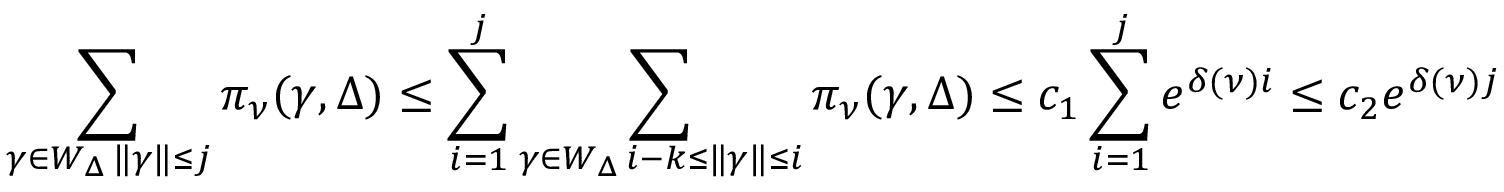
\sum _ { \substack { \gamma \in W _ { \Delta } \, \| \gamma \| \le j } } \pi _ { \nu } ( \gamma , \Delta ) \le \sum _ { i = 1 } ^ { j } \sum _ { \substack { \gamma \in W _ { \Delta } \, i - k \le \| \gamma \| \le i } } \pi _ { \nu } ( \gamma , \Delta ) \le c _ { 1 } \sum _ { i = 1 } ^ { j } e ^ { \delta ( \nu ) i } \leq c _ { 2 } e ^ { \delta ( \nu ) j }